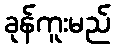
ခုန်ကူးမည်